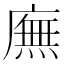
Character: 廡